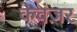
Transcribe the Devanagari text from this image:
केवंज़र